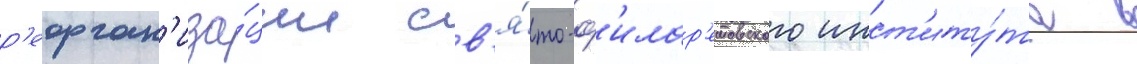
р'еорган'иза́ции св'я́то-ф'илар'етовского инст'иту́та в